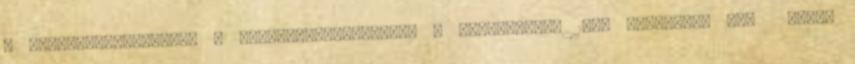
a TwitterenMegosztás a FacebookonMegosztás a Pinteresten 10cl szénsavas víz szóda